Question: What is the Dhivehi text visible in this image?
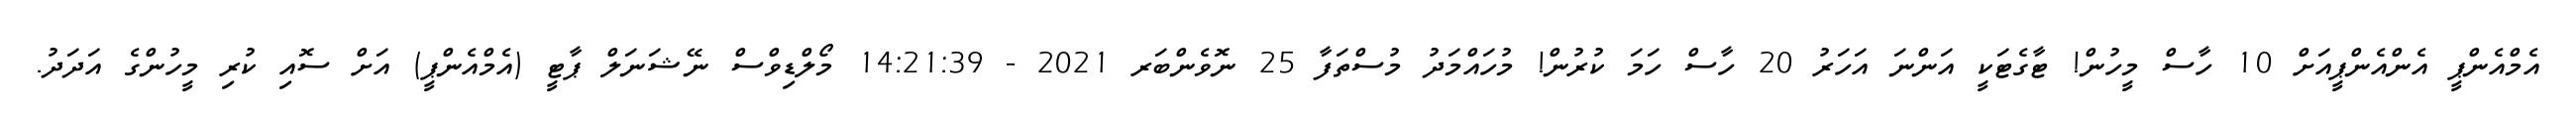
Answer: އެމްއެންޕީ އެންއެންޕީއަށް 10 ހާސް މީހުން! ޓާގެޓަކީ އަންނަ އަހަރު 20 ހާސް ހަމަ ކުރުން! މުހައްމަދު މުސްތަފާ 25 ނޮވެންބަރ 2021 - 14:21:39 މޯލްޑިވްސް ނޭޝަނަލް ޕާޓީ (އެމްއެންޕީ) އަށް ސޮއި ކުރި މީހުންގެ އަދަދު.